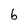
Character: b